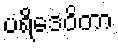
ပရိဒေဝိတာ